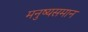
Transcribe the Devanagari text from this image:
मनुष्यसमान